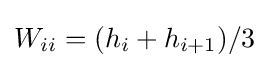
W_{ii}=(h_{i}+h_{i+1})/3